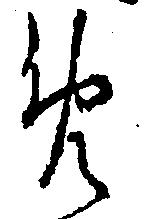
め